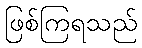
ဖြစ်ကြရသည်